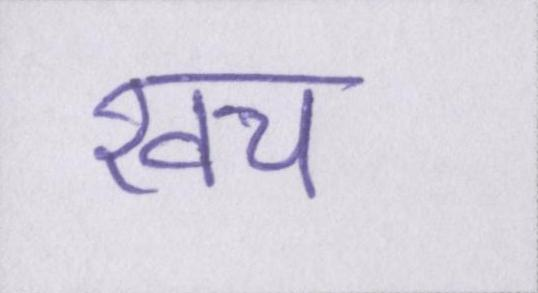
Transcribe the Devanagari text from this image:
खच॔